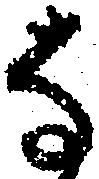
な